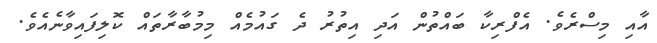
އާއި މިސްރެވެ. އެފްރިކާ ބައްތުން އަދި އިތުރު ދެ ގައުމެއް މިމުބާރާތައް ކޮލިފައިވާނެއެވެ.